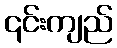
၎င်းကျည်